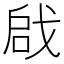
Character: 𠶶